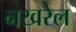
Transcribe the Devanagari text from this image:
नखरैल